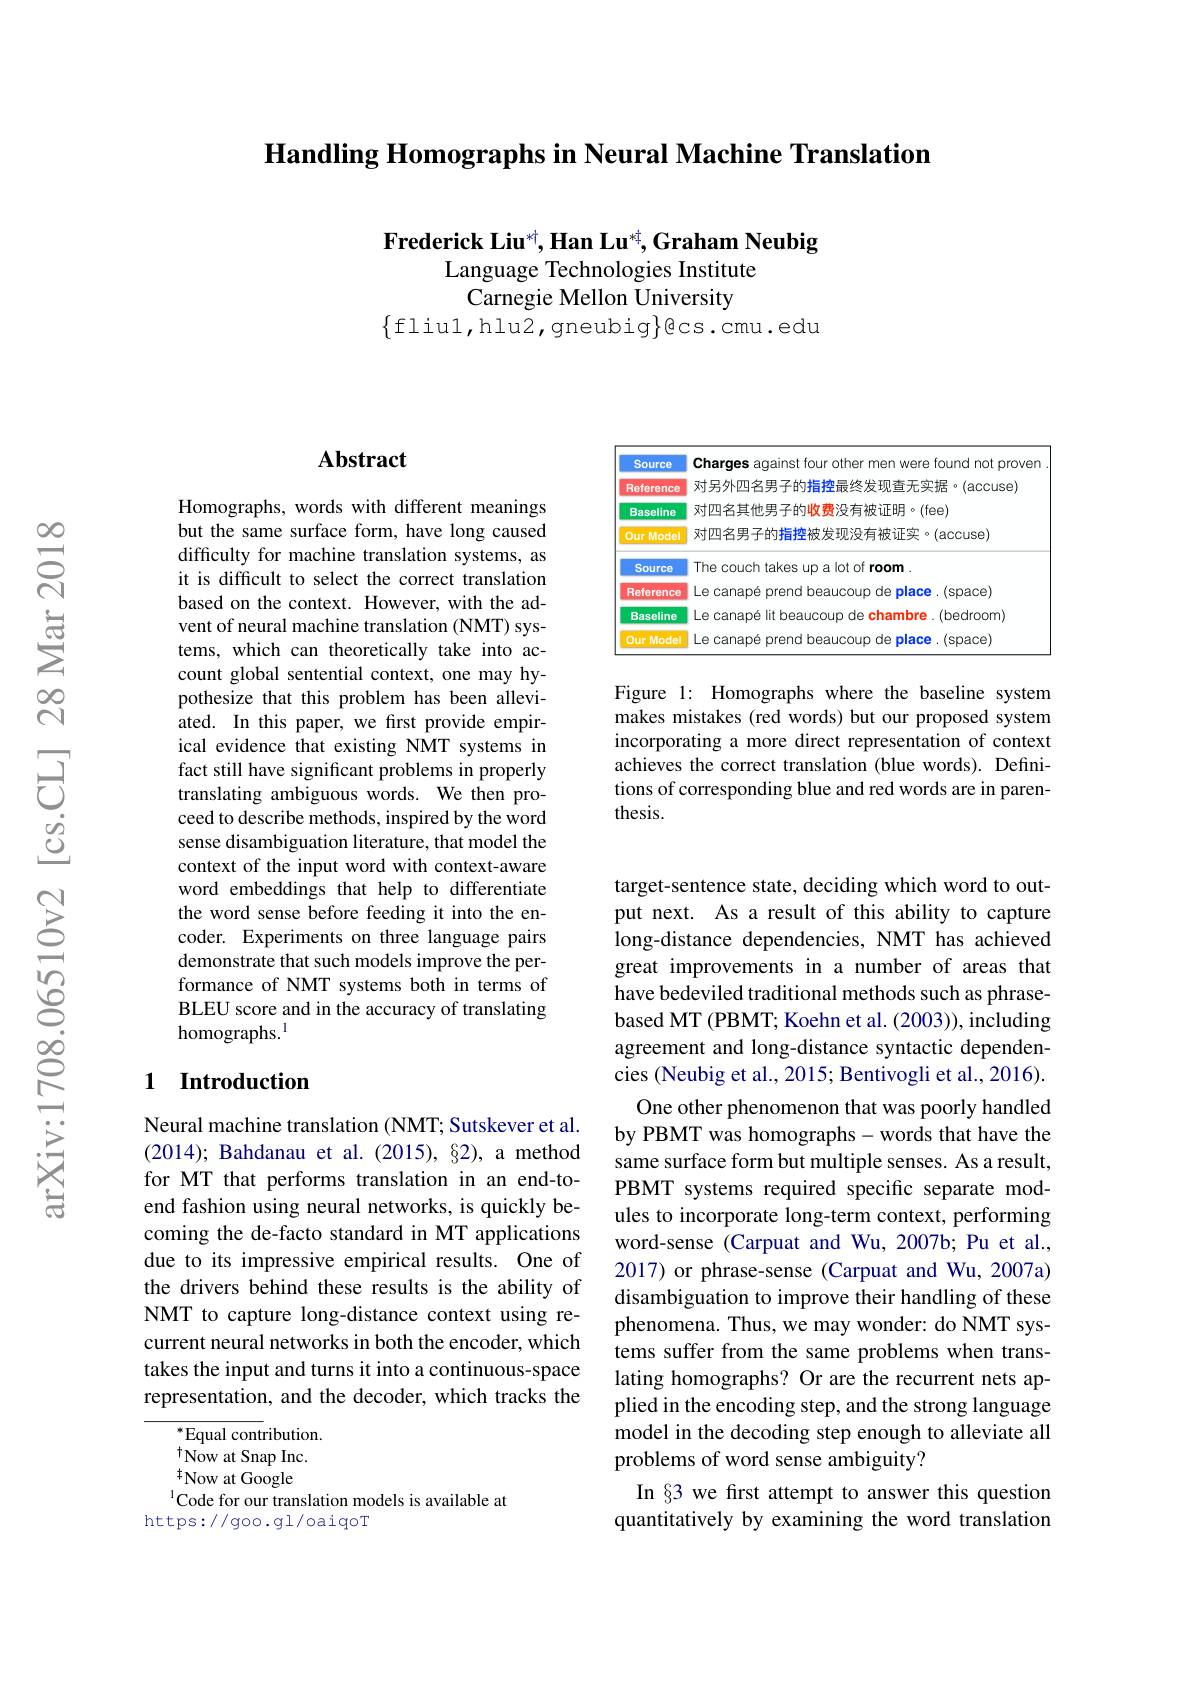
Handling Homographs in Neural Machine Translation

Frederick Liu*, Han Lu*, Graham Neubig
Language Technologies Institute
Carnegie Mellon University
$\{$fliul,hlu2,gneubig$\}$gcs.cmu.edu

### $\mathbf{Abstract}$

Homographs, words with different meanings but the same surface form, have long caused difficulty for machine translation systems, as it is difficult to select the correct translation based on the context. However, with the advent of neural machine translation (NMT) systems, which can theoretically take into account global sentential context, one may hypothesize that this problem has been alleviated. In this paper, we first provide empirical evidence that existing NMT systems in fact still have significant problems in properly translating ambiguous words. We then proceed to describe methods, inspired by the word sense disambiguation literature, that model the context of the input word with context-aware word embeddings that help to differentiate the word sense before feeding it into the encoder. Experiments on three language pairs demonstrate that such models improve the performance of NMT systems both in terms of BLEU score and in the accuracy of translating homographs.$^{\mathrm{l}}$

### 1 Introduction

Neural machine translation (NMT; Sutskever et al. (2014); Bahdanau et al.(2015), §2), a method for MT that performs translation in an end-toend fashion using neural networks, is quickly becoming the de-facto standard in MT applications due to its impressive empirical results. One of the drivers behind these results is the ability of NMT to capture long-distance context using recurrent neural networks in both the encoder, which takes the input and turns it into a continuous-space representation, and the decoder, which tracks the

$^*$Equal contribution. $\overset{\dagger}{\operatorname*{\mathrm{Now~at~Snap~Inc.}}}$ $^{\dagger}$Now at Google $^{1}$Code for our translation models is available at
https://goo.gl/oaiqoT

<table>
	<tbody>
		<tr>
			<td>Source</td>
			<td>Charges 6 acainstour 1 tound not prover</td>
		</tr>
		<tr>
			<td>Reference</td>
			<td>对另外四名男子的指控最终发现查无实据·(accuse)</td>
		</tr>
		<tr>
			<td>Baseline</td>
			<td>对四名其他男子的收费没有被证明·(fee)</td>
		</tr>
		<tr>
			<td>Our Model</td>
			<td>对四名男子的指控被发现没有被证实。(accuse)</td>
		</tr>
		<tr>
			<td>Source</td>
			<td>The couch takes up a lot of room .</td>
		</tr>
		<tr>
			<td>Reference</td>
			<td>Le canapé prend beaucoup de place. (space)</td>
		</tr>
		<tr>
			<td>Baseline</td>
			<td>Le canapé lit beaucoup de chambre. (bedroom)</td>
		</tr>
		<tr>
			<td>Our Model</td>
			<td>$0ace$</td>
		</tr>
	</tbody>
</table>

Figure 1: Homographs where the baseline system makes mistakes (red words) but our proposed system incorporating a more direct representation of context achieves the correct translation (blue words). Definitions of corresponding blue and red words are in parenthesis.

target-sentence state, deciding which word to output next. As a result of this ability to capture long-distance dependencies, NMT has achieved great improvements in a number of areas that have bedeviled traditional methods such as phrasebased MT (PBMT; Koehn et al. (2003)), including agreement and long-distance syntactic dependencies (Neubig et al., 2015; Bentivogli et al., 2016).
One other phenomenon that was poorly handled by PBMT was homographs- words that have the same surface form but multiple senses. As a result, PBMT systems required specific separate modules to incorporate long-term context, performing word-sense (Carpuat and Wu, 2007b; Pu et al., 2017) or phrase-sense (Carpuat and Wu, 2007a) disambiguation to improve their handling of these phenomena. Thus, we may wonder: do NMT systems suffer from the same problems when translating homographs? Or are the recurrent nets applied in the encoding step, and the strong language model in the decoding step enough to alleviate all problems of word sense ambiguity?
In §3 we first attempt to answer this question quantitatively by examining the word translation